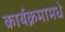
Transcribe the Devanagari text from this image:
कार्यक्रमामधे